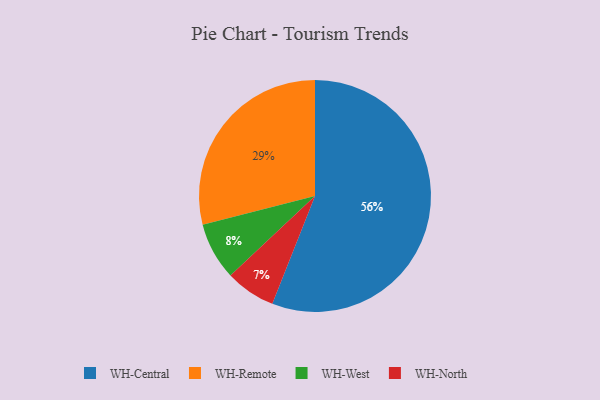
{"axis": {"x": "Category", "y": "Percentage"}, "legend": ["WH-Central", "WH-North", "WH-Remote", "WH-West"], "data": [{"x": "WH-West", "y": 8, "type": "WH-West"}, {"x": "WH-Remote", "y": 29, "type": "WH-Remote"}, {"x": "WH-Central", "y": 56, "type": "WH-Central"}, {"x": "WH-North", "y": 7, "type": "WH-North"}]}